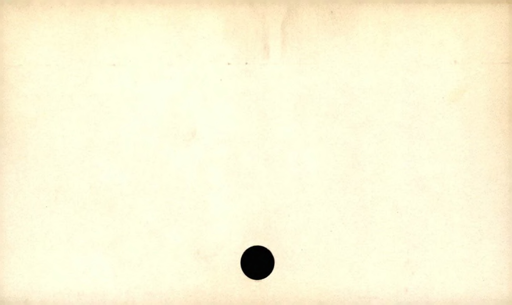
Label: blank